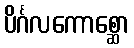
ပိင်္ဂလကောစ္ဆော